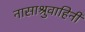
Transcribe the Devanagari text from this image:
नासाश्रुवाहिनी